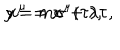
y = m \sigma + \lambda \tau , \hspace { 2 0 m m } x ^ { \mu } = x ^ { \mu } ( \tau ) ,